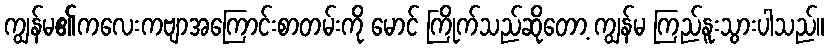
ကျွန်မ၏ကလေးကဗျာအကြောင်းစာတမ်းကို မောင် ကြိုက်သည်ဆိုတော့ ကျွန်မ ကြည်နူးသွားပါသည်။